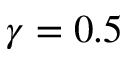
\gamma = 0 . 5